Report on vaccination in the Province of Bengal - 1874-1889
Year: 1874
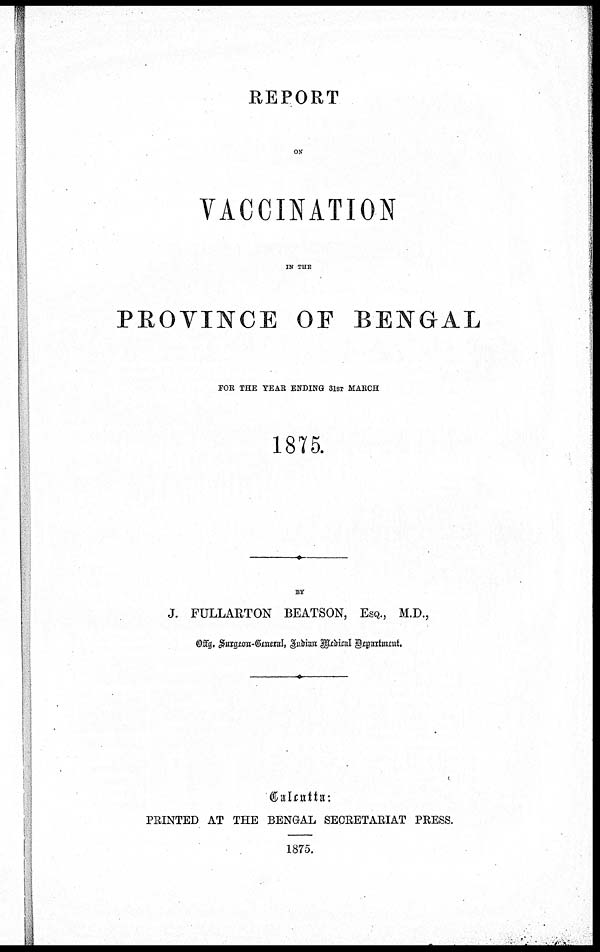
REPORT
ON
VACCINATION
IN THE
PROVINCE OF BENGAL
FOR THE YEAR ENDING 31ST MARCH
1875.
BY
J. FULLARTON BEATSON, ESQ., M.D.,
Offg. Surgeon-General, Indian Medical Department.
Calcutta:
PRINTED AT THE BENGAL SECRETARIAT PRESS.
1875.